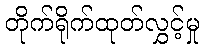
တိုက်ရိုက်ထုတ်လွှင့်မှု